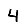
Digit: 4